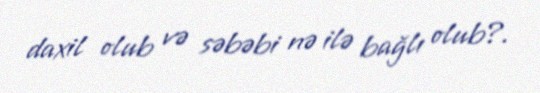
daxil olub və səbəbi nə ilə bağlı olub?.